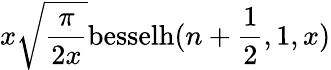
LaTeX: x\sqrt{\frac{\pi}{2x}}\mathrm{besselh}(n+\frac{1}{2},1,x)